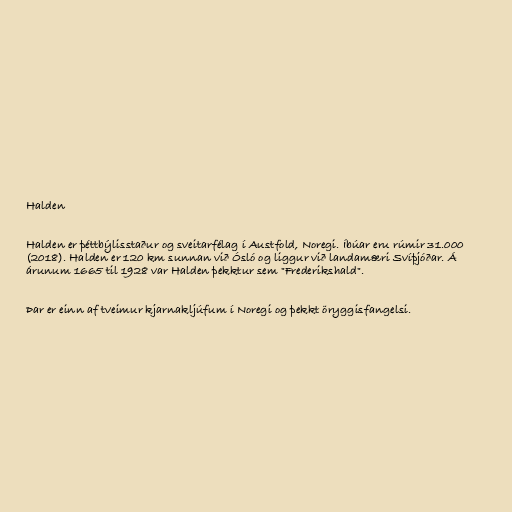
Halden

Halden er þéttbýlisstaður og sveitarfélag í Austfold, Noregi. Íbúar eru rúmir 31.000
(2018). Halden er 120 km sunnan við Ósló og liggur við landamæri Svíþjóðar. Á
árunum 1665 til 1928 var Halden þekktur sem "Frederikshald".

Þar er einn af tveimur kjarnakljúfum í Noregi og þekkt öryggisfangelsi.